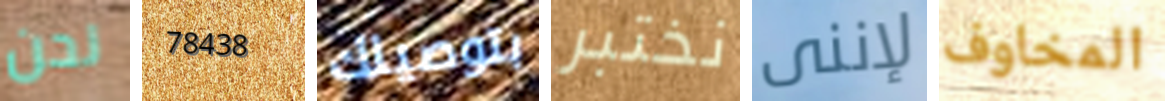
نحن 78438 بتوصيلك نختبر لإننى المخاوف